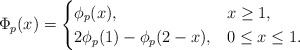
\begin{align*}\Phi_p(x)=\begin{cases} \phi_p(x), & x\geq 1,\\ 2\phi_p(1)-\phi_p(2-x), & 0\leq x\leq 1.\end{cases}\end{align*}